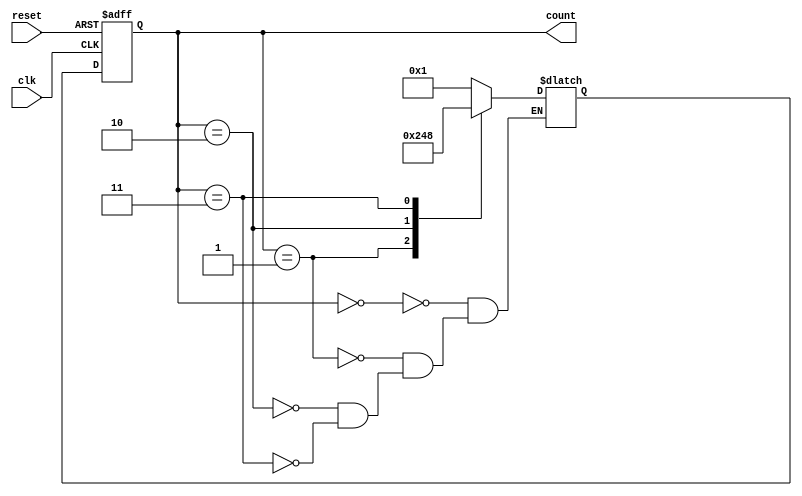
module johnson_counter(
    input wire clk,
    input wire reset,
    output reg [3:0] count
);

reg [3:0] next_count;

always @(posedge clk or posedge reset) begin
    if (reset) begin
        count <= 4'b0000;
    end else begin
        count <= next_count;
    end
end

always @* begin
    case(count)
        0: next_count = 4'b0001;
        1: next_count = 4'b0010;
        2: next_count = 4'b0100;
        3: next_count = 4'b1000;
    endcase
end

endmodule